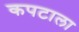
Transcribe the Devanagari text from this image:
कपटाला